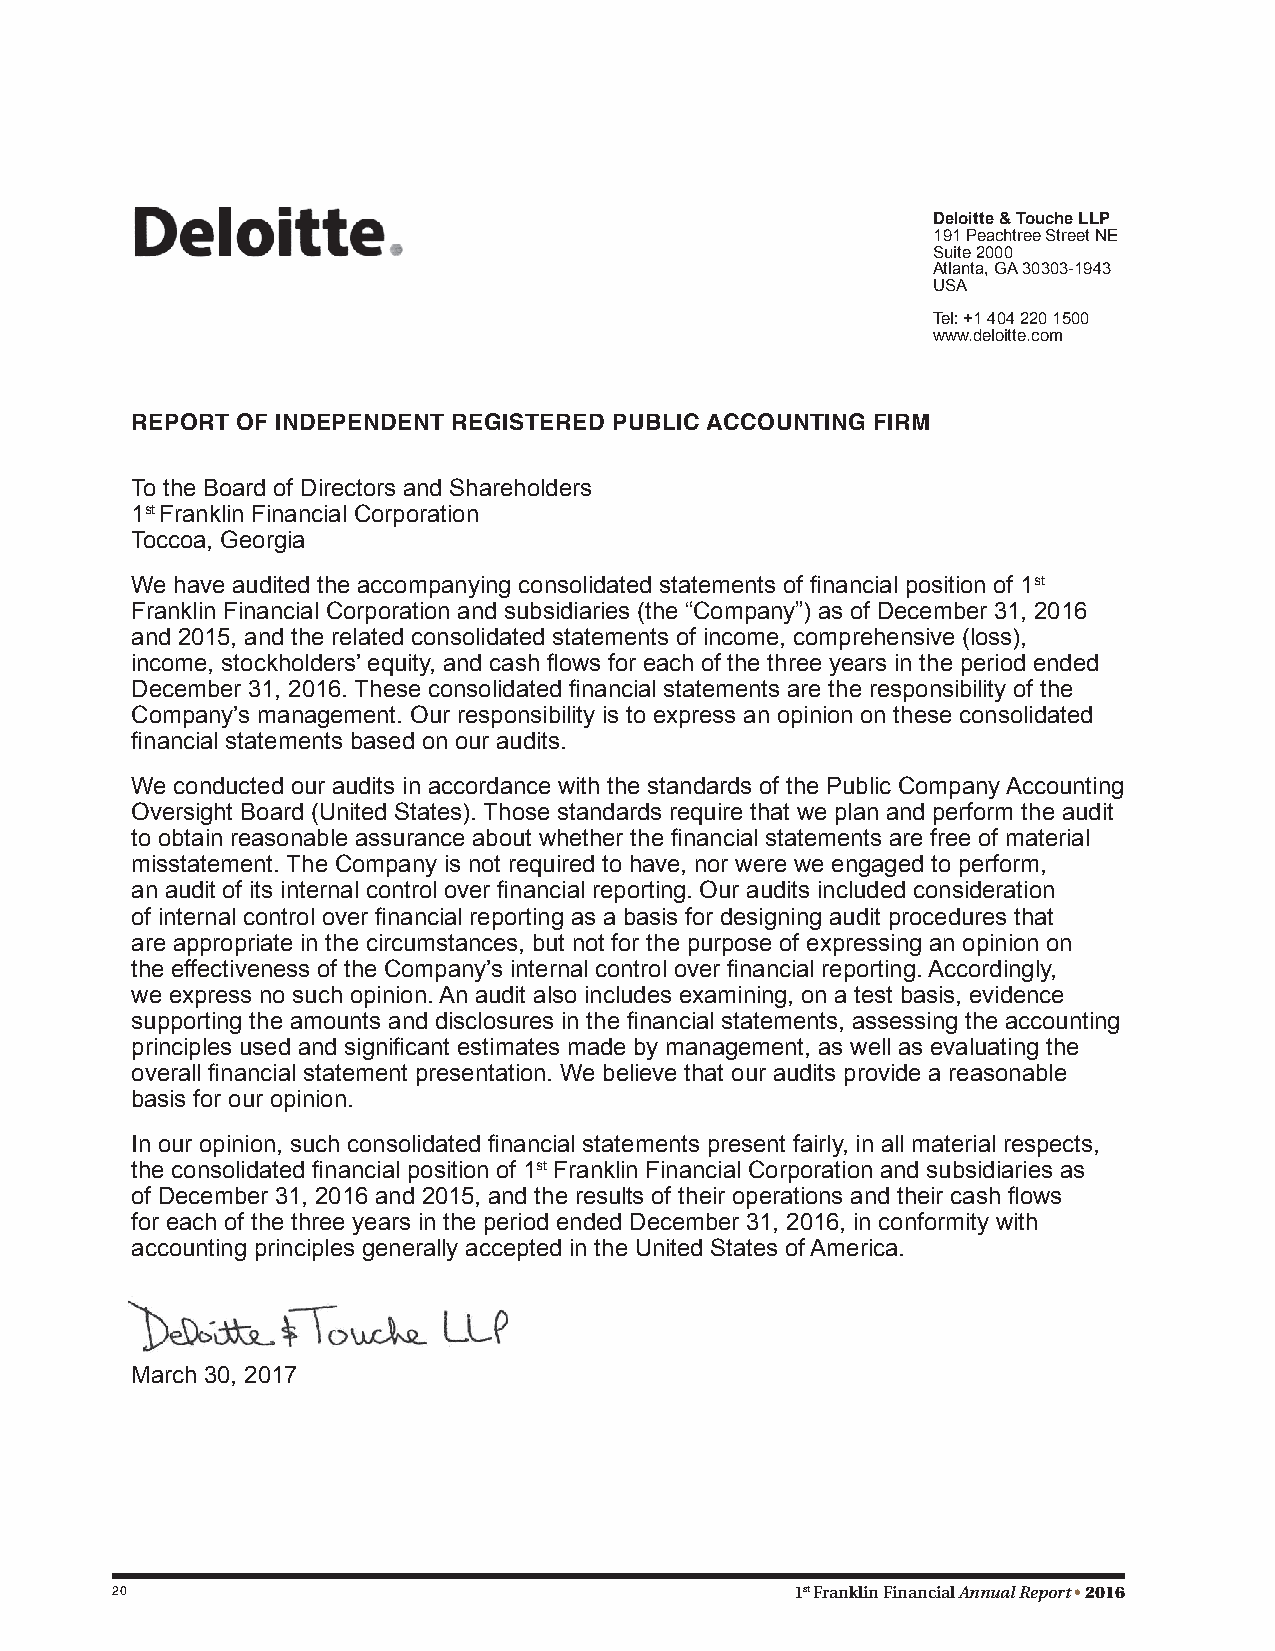
Deloitte & Touche LLP
 191 Peachtree Street NE
 Suite 2000
 Atlanta, GA 30303-1943
 USA
 Tel: +1 404 220 1500
 www.deloitte.com
 REPORT OF INDEPENDENT REGISTERED PUBLIC ACCOUNTING FIRM
 To the Board of Directors and Shareholders
 1st Franklin Financial Corporation
 Toccoa, Georgia
 We have audited the accompanying consolidated statements of financial position of 1st
 Franklin Financial Corporation and subsidiaries (the “Company”) as of December 31, 2016
 and 2015, and the related consolidated statements of income, comprehensive (loss),
 income, stockholders’ equity, and cash flows for each of the three years in the period ended
 December 31, 2016. These consolidated financial statements are the responsibility of the
 Company’s management. Our responsibility is to express an opinion on these consolidated
 financial statements based on our audits.
 We conducted our audits in accordance with the standards of the Public Company Accounting
 Oversight Board (United States). Those standards require that we plan and perform the audit
 to obtain reasonable assurance about whether the financial statements are free of material
 misstatement. The Company is not required to have, nor were we engaged to perform,
 an audit of its internal control over financial reporting. Our audits included consideration
 of internal control over financial reporting as a basis for designing audit procedures that
 are appropriate in the circumstances, but not for the purpose of expressing an opinion on
 the effectiveness of the Company’s internal control over financial reporting. Accordingly,
 we express no such opinion. An audit also includes examining, on a test basis, evidence
 supporting the amounts and disclosures in the financial statements, assessing the accounting
 principles used and significant estimates made by management, as well as evaluating the
 overall financial statement presentation. We believe that our audits provide a reasonable
 basis for our opinion.
 In our opinion, such consolidated financial statements present fairly, in all material respects,
 the consolidated financial position of 1st Franklin Financial Corporation and subsidiaries as
 of December 31, 2016 and 2015, and the results of their operations and their cash flows
 for each of the three years in the period ended December 31, 2016, in conformity with
 accounting principles generally accepted in the United States of America.
 March 30, 2017
 20                                            1st Franklin Financial Annual Report • 2016